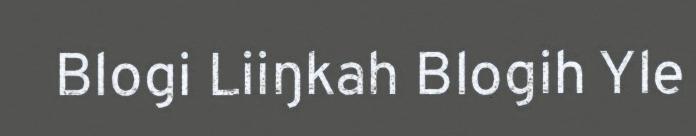
Blogi Liiŋkah Blogih Yle